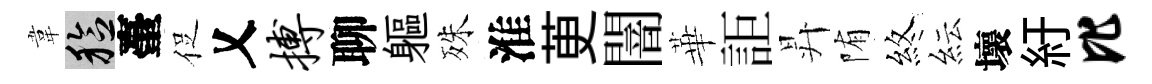
韋稔臺促乂搏聊軀殊淮茰闇華詎昇陏煞紜壞紆比